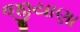
જીયાણા